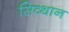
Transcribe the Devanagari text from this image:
सिव्थान